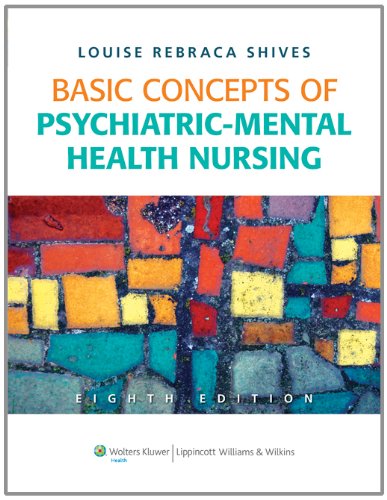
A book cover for Basic Concepts of Psychiatric-Mental Health Nursing; Louise Rebraca Shives MSN  ARNP  CNS; Medical Books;